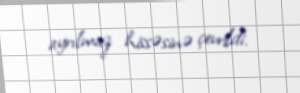
ayrılmaz hissəsinə çevrildi.